画像に写った文字を読んでください
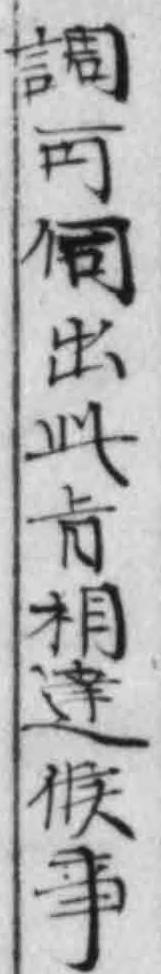
「調可伺出此肯相達候事」と書いてあります